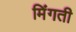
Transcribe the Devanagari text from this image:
मिंगती